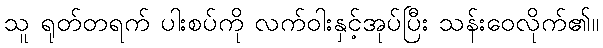
သူ ရုတ်တရက် ပါးစပ်ကို လက်ဝါးနှင့်အုပ်ပြီး သန်းဝေလိုက်၏။